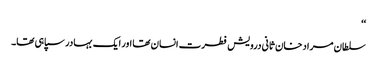
‘‘
سلطان مراد خان ثانی درویش فطرت انسان تھا اور ایک بہادر سپاہی تھا۔